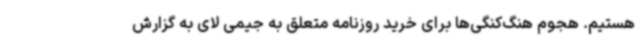
هستیم. هجوم هنگ‌کنگی‌ها برای خرید روزنامه متعلق به جیمی لای به گزارش